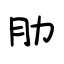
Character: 肋